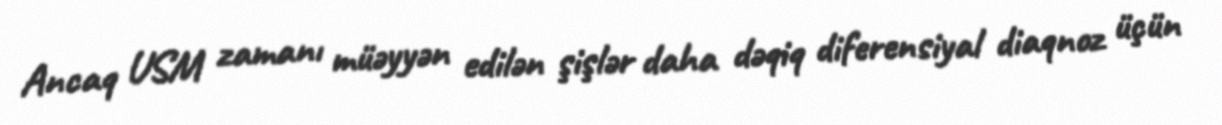
Ancaq USM zamanı müəyyən edilən şişlər daha dəqiq diferensiyal diaqnoz üçün